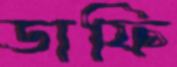
ডাফি